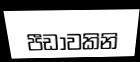
පීඩාවකිනි